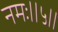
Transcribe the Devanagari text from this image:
नमः॥५॥